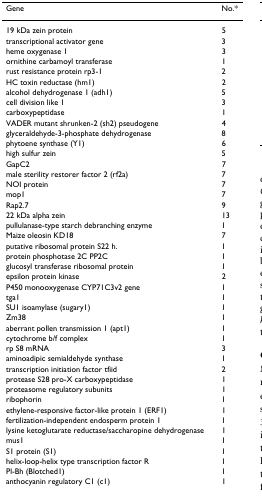
| Gene | No.* |
 | --- | --- |
 | 19 kDa zein protein | 5 |
 | transcriptional activator gene | 3 |
 | heme oxygenase 1 | 3 |
 | ornithine carbamoyl transferase | 1 |
 | rust resistance protein rp3-1 | 2 |
 | HC toxin reductase (hm1) | 2 |
 | alcohol dehydrogenase 1 (adh1) | 5 |
 | cell division like 1 | 3 |
 | carboxypeptidase | 1 |
 | VADER mutant shrunken-2 (sh2) pseudogene | 4 |
 | glyceraldehyde-3-phosphate dehydrogenase | 8 |
 | phytoene synthase (Y1) | 6 |
 | high sulfur zein | 5 |
 | GapC2 | 7 |
 | male sterility restorer factor 2 (rf2a) | 7 |
 | NOI protein | 7 |
 | mop1 | 7 |
 | Rap2.7 | 9 |
 | 22 kDa alpha zein | 13 |
 | pullulanase-type starch debranching enzyme | 1 |
 | Maize oleosin KD18 | 7 |
 | putative ribosomal protein S22 h. | 1 |
 | protein phosphotase 2C PP2C | 1 |
 | glucosyl transferase ribosomal protein | 1 |
 | epsilon protein kinase | 2 |
 | P450 monooxygenase CYP71C3v2 gene | 1 |
 | tga1 | 1 |
 | SU1 isoamylase (sugary1) | 1 |
 | Zm38 | 1 |
 | aberrant pollen transmission 1 (apt1) | 1 |
 | cytochrome b/f complex | 1 |
 | rp S8 mRNA | 3 |
 | aminoadipic semialdehyde synthase | 1 |
 | transcription initiation factor tfiid | 2 |
 | protease S28 pro-X carboxypeptidase | 1 |
 | proteasome regulatory subunits | 1 |
 | ribophorin | 1 |
 | ethylene-responsive factor-like protein 1 (ERF1) | 1 |
 | fertilization-independent endosperm protein 1 | 1 |
 | lysine ketoglutarate reductase/saccharopine dehydrogenase | 1 |
 | mus1 | 1 |
 | S1 protein (S1) | 1 |
 | helix-loop-helix type transcription factor R | 1 |
 | Pl-Bh (Blotched1) | 1 |
 | anthocyanin regulatory C1 (c1) | 1 |